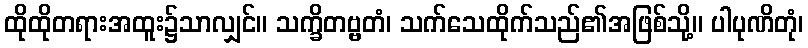
ထိုထိုတရားအထူး၌သာလျှင်။ သက္ခိတဗ္ဗတံ၊ သက်သေထိုက်သည်၏အဖြစ်သို့။ ပါပုဏိတုံ၊